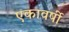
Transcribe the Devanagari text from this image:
एकावर्षी